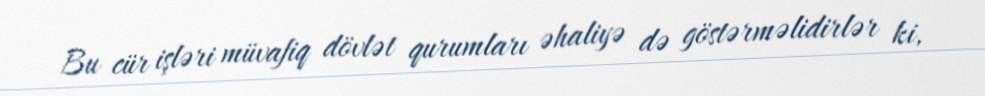
Bu cür işləri müvafiq dövlət qurumları əhaliyə də göstərməlidirlər ki,